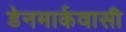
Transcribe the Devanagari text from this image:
डेनमार्कवासी